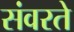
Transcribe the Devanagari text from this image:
संवरते